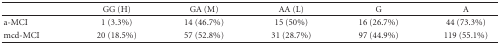
|  | GG (H) | GA (M) | AA (L) | G | A |
 | --- | --- | --- | --- | --- | --- |
 | a-MCI | 1 (3.3%) | 14 (46.7%) | 15 (50%) | 16 (26.7%) | 44 (73.3%) |
 | mcd-MCI | 20 (18.5%) | 57 (52.8%) | 31 (28.7%) | 97 (44.9%) | 119 (55.1%) |